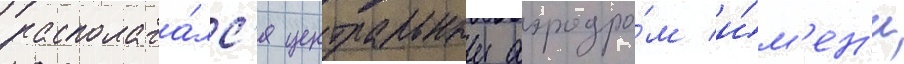
располага́лс'я центральныи аэродро́м и́м'ен'и